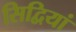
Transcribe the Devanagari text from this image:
सिद्वियां